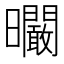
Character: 𣌙